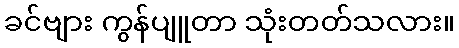
ခင်ဗျား ကွန်ပျူတာ သုံးတတ်သလား။